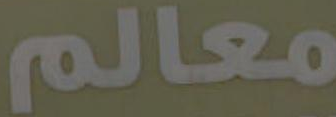
معالم